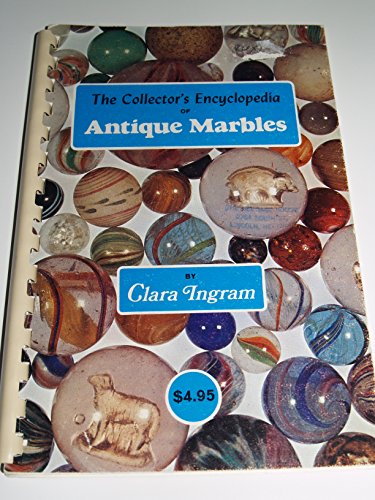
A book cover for The Collector's Encyclopedia of Antique Marbles; Clara Ingram; Crafts, Hobbies & Home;